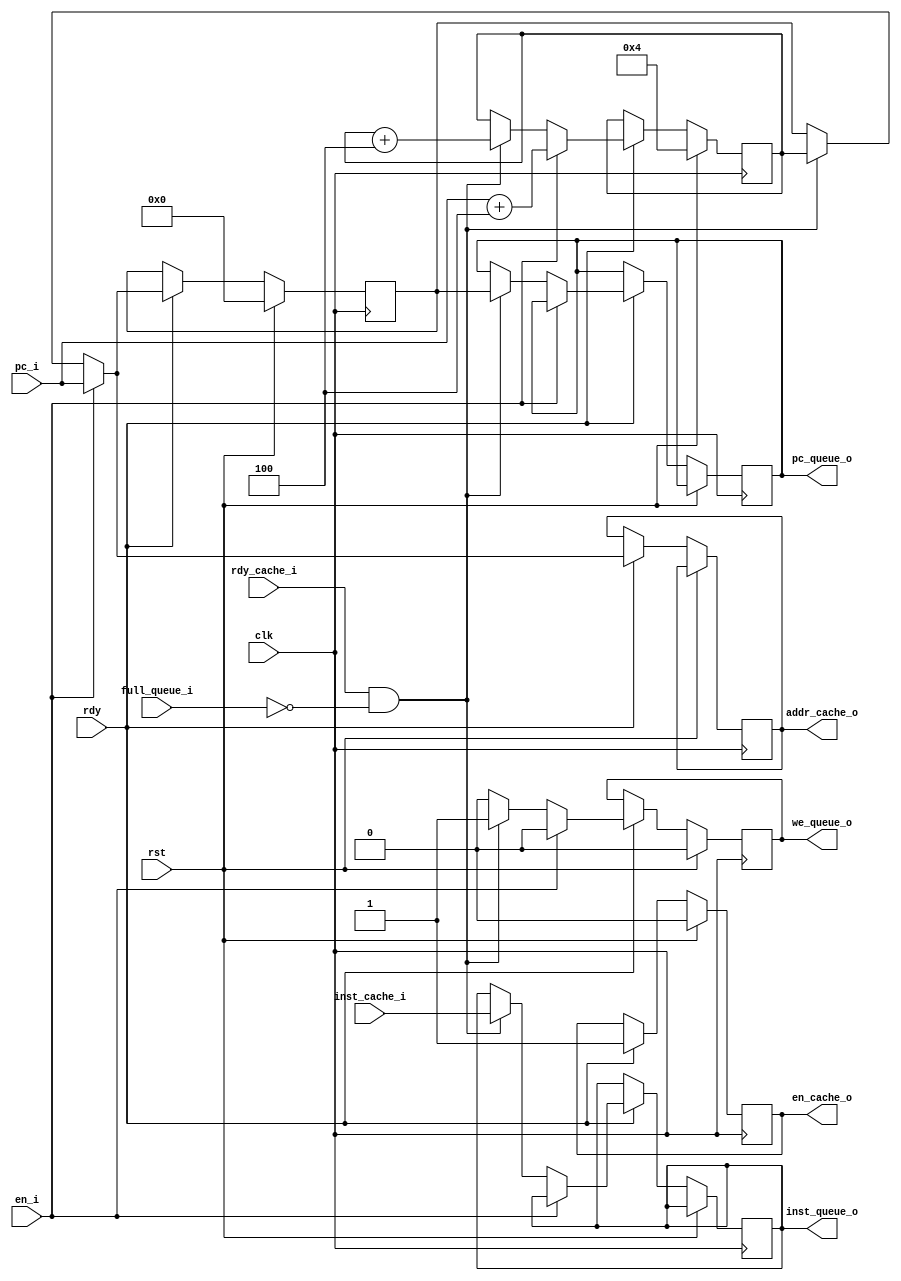
module IF(
    input wire clk,
    input wire rst,
    input wire rdy,
    //to cache
    input wire rdy_cache_i,
    input wire[31:0] inst_cache_i,
    output reg en_cache_o,
    output reg[31:0] addr_cache_o,
    //to commit
    input wire en_i,
    input wire[31:0] pc_i,
    //to queue
    input wire full_queue_i,
    output reg we_queue_o,
    output reg[31:0] inst_queue_o,
    output reg[31:0] pc_queue_o
);

reg[31:0] pc;
reg[31:0] npc;

always @ (posedge clk) begin
    if (rst) begin
        pc <= 32'b0;
        npc <= 32'h4;
        en_cache_o <= 1'b0;
        we_queue_o <= 1'b0;
    end
    else if (rdy) begin
        if (en_i) begin
            pc <= pc_i;
            npc <= pc_i + 32'h4;
            en_cache_o <= 1'b1;
            addr_cache_o <= pc_i;
            we_queue_o <= 1'b0;
        end
        else if (rdy_cache_i && !full_queue_i) begin
            pc <= npc;
            npc <= npc + 32'h4;
            en_cache_o <= 1'b1;
            addr_cache_o <= npc;
            we_queue_o <= 1'b1;
            inst_queue_o <= inst_cache_i;
            pc_queue_o <= pc;
        end else begin
            en_cache_o <= 1'b1;
            addr_cache_o <= pc;
            we_queue_o <= 1'b0;
        end
    end
end

endmodule // IF